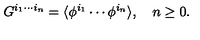
G ^ { i _ { 1 } \cdots i _ { n } } = \langle \phi ^ { i _ { 1 } } \cdots \phi ^ { i _ { n } } \rangle , \quad n \geq 0 .